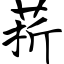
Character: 菥